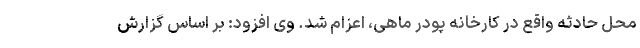
محل حادثه واقع در کارخانه پودر ماهی، اعزام شد. وی افزود: بر اساس گزارش